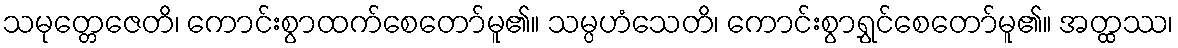
သမုတ္တေဇေတိ၊ ကောင်းစွာထက်စေတော်မူ၏။ သမ္ပဟံသေတိ၊ ကောင်းစွာရွှင်စေတော်မူ၏။ အတ္ထဿ၊